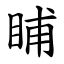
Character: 䀯